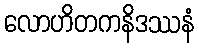
လောဟိတကနိဒဿနံ